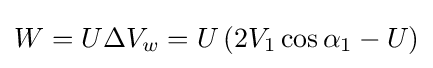
W=U\Delta V_{w}=U\left(2V_{1}\cos \alpha _{1}-U\right)